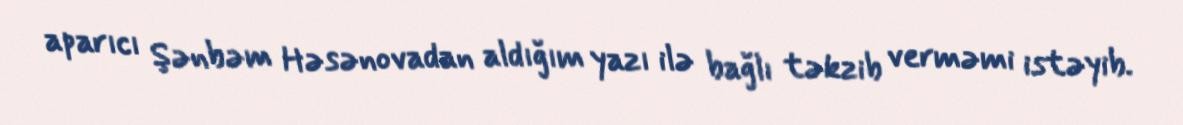
aparıcı Şənbəm Həsənovadan aldığım yazı ilə bağlı təkzib verməmi istəyib.